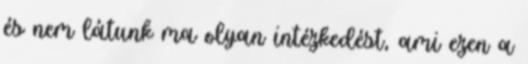
és nem látunk ma olyan intézkedést, ami ezen a